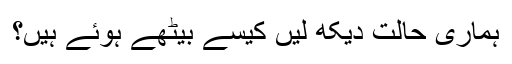
ہماری حالت دیکھ لیں کیسے بیٹھے ہوئے ہیں؟